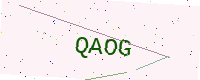
Text: QAOG